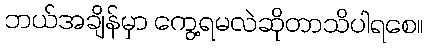
ဘယ်အချိန်မှာ ကွေ့ရမလဲဆိုတာသိပါရစေ။